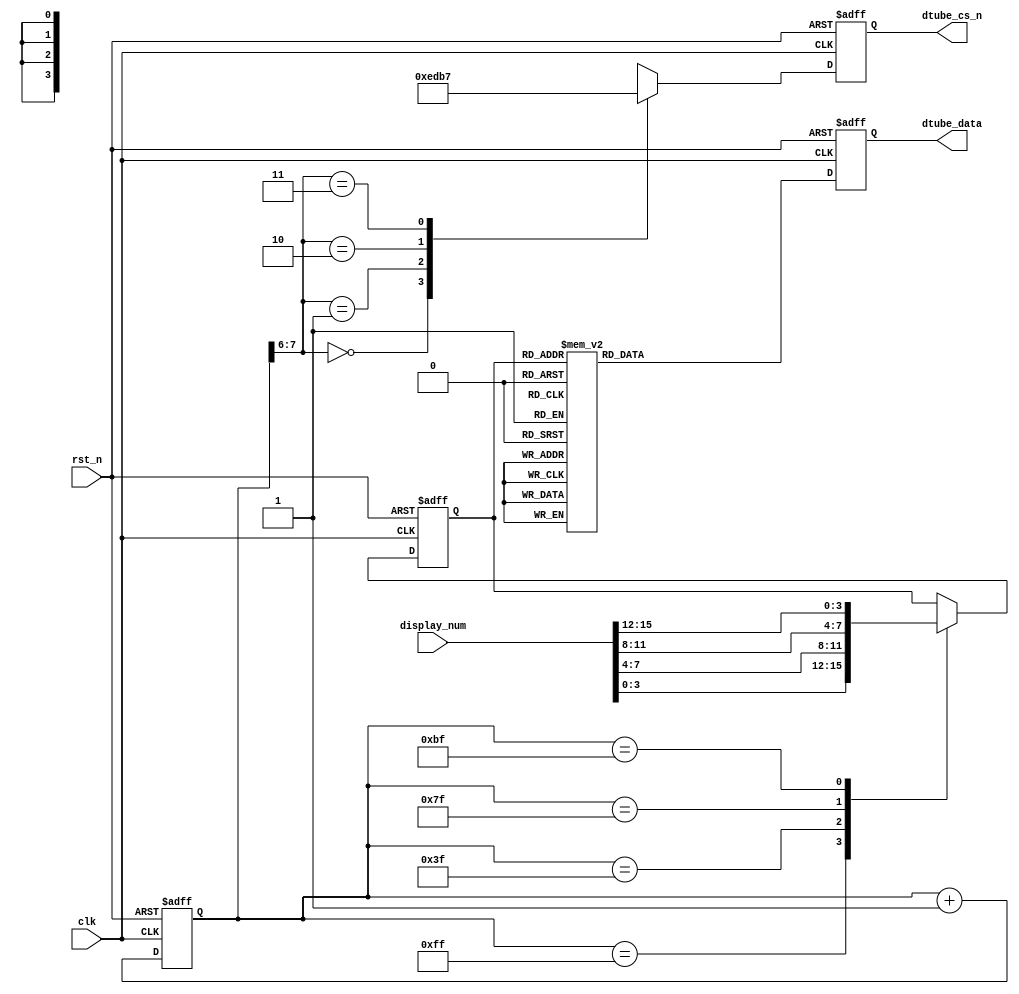
/////////////////////////////////////////////////////////////////////////////
// Xilinx Spartan 6 FPGA
// SF-SP6 
//         FPGA
//				SF-SP6
// http://myfpga.taobao.com/
//  http://pan.baidu.com/s/1jGjAhEm
//                 
/////////////////////////////////////////////////////////////////////////////
module seg7(
			input clk,		//25MHz
			input rst_n,	//
			input[15:0] display_num,	//[15:12]--[11:8]--[7:4]--[3:0]--
			output reg[3:0] dtube_cs_n,	//7
			output reg[7:0] dtube_data	//78
		);

//-------------------------------------------------
//

// 0~F 
parameter 	NUM0 	= 8'h3f,//c0,
			NUM1 	= 8'h06,//f9,
			NUM2 	= 8'h5b,//a4,
			NUM3 	= 8'h4f,//b0,
			NUM4 	= 8'h66,//99,
			NUM5 	= 8'h6d,//92,
			NUM6 	= 8'h7d,//82,
			NUM7 	= 8'h07,//F8,
			NUM8 	= 8'h7f,//80,
			NUM9 	= 8'h6f,//90,
			NUMA 	= 8'h77,//88,
			NUMB 	= 8'h7c,//83,
			NUMC 	= 8'h39,//c6,
			NUMD 	= 8'h5e,//a1,
			NUME 	= 8'h79,//86,
			NUMF 	= 8'h71,//8e;
			NDOT	= 8'h80;	//

// 0~3 
parameter	CSN		= 4'b1111,
			CS0		= 4'b1110,
			CS1		= 4'b1101,
			CS2		= 4'b1011,
			CS3		= 4'b0111;

//-------------------------------------------------
//
reg[3:0] current_display_num;	//
reg[7:0] div_cnt;	//

	//
always @(posedge clk or negedge rst_n)
	if(!rst_n) div_cnt <= 8'd0;
	else div_cnt <= div_cnt+1'b1;

	//
always @(posedge clk or negedge rst_n)
	if(!rst_n) current_display_num <= 4'h0;
	else begin
		case(div_cnt)
			8'hff: current_display_num <= display_num[3:0];
			8'h3f: current_display_num <= display_num[7:4];
			8'h7f: current_display_num <= display_num[11:8];
			8'hbf: current_display_num <= display_num[15:12];
			default: ;
		endcase
	end
		
	//
always @(posedge clk or negedge rst_n)
	if(!rst_n) dtube_data <= NUM0;
	else begin
		case(current_display_num) 
			4'h0: dtube_data <= NUM0;
			4'h1: dtube_data <= NUM1;
			4'h2: dtube_data <= NUM2;
			4'h3: dtube_data <= NUM3;
			4'h4: dtube_data <= NUM4;
			4'h5: dtube_data <= NUM5;
			4'h6: dtube_data <= NUM6;
			4'h7: dtube_data <= NUM7;
			4'h8: dtube_data <= NUM8;
			4'h9: dtube_data <= NUM9;
			4'ha: dtube_data <= NUMA;
			4'hb: dtube_data <= NUMB;
			4'hc: dtube_data <= NUMC;
			4'hd: dtube_data <= NUMD;
			4'he: dtube_data <= NUME;
			4'hf: dtube_data <= NUMF;
			default: ;
		endcase
	end

	//
always @(posedge clk or negedge rst_n)
	if(!rst_n) dtube_cs_n <= CSN;
	else begin
		case(div_cnt[7:6])
			2'b00: dtube_cs_n <= CS0;
			2'b01: dtube_cs_n <= CS1;
			2'b10: dtube_cs_n <= CS2;
			2'b11: dtube_cs_n <= CS3;
			default:  dtube_cs_n <= CSN;
		endcase
	end
	

endmodule